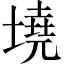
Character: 墝